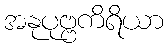
အနုပုဗ္ဗကိရိယာ